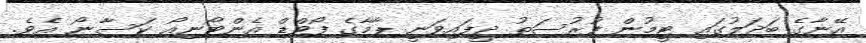
އޭނާގެ ބަދަލުގައި ޓީމުން ފުރުސަތު ދީފައިވަނީ ޕާމާގެ ފޯވްޑް އެންޓޯނިއޯ ކަސާނޯ އެވެ.